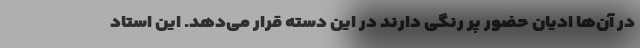
در آن‌ها ادیان حضور پر رنگی دارند در این دسته قرار می‌دهد. این استاد